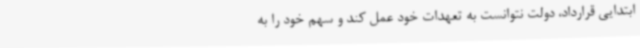
ابتدایی قرارداد، دولت نتوانست به تعهدات خود عمل کند و سهم خود را به